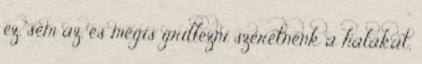
ez, sem az, és mégis grillezni szeretnénk a halakat,